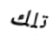
تلك